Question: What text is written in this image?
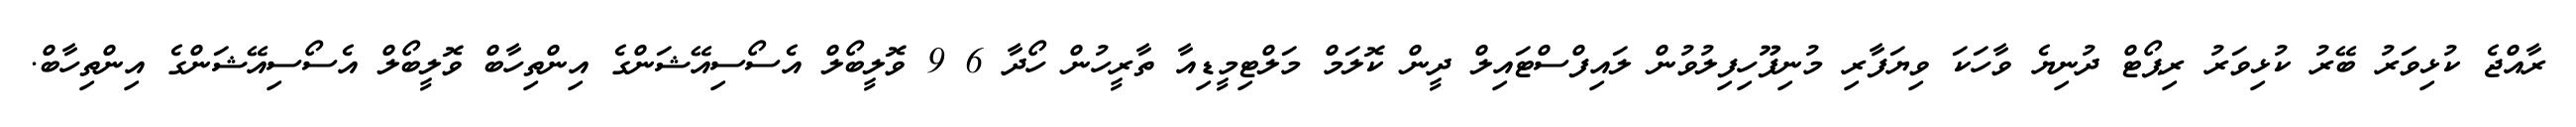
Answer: ރާއްޖެ ކުޅިވަރު ބޭރު ކުޅިވަރު ރިޕޯޓް ދުނިޔެ ވާހަކަ ވިޔަފާރި މުނިފޫހިފިލުވުން ލައިފްސްޓައިލް ދީން ކޮލަމް މަލްޓިމީޑިއާ ތާރީހުން ހޯދާ 6 9 ވޮލީބޯލް އެސޯސިއޭޝަންގެ އިންތިހާބް ވޮލީބޯލް އެސޯސިއޭޝަންގެ އިންތިހާބް.